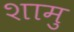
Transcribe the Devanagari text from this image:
शामु